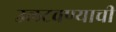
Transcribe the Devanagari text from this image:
उलटवण्याची